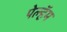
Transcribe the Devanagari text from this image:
पेल्हॅम